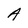
Character: A